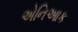
એનિઆક